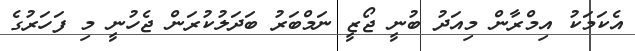
އެކަމަކު އިމްރާން މިއަދު ބުނީ ޖޯޒީީ ނަމްބަރު ބަދަލުކުރަން ޖެހުނީ މި ފަހަރުގެ